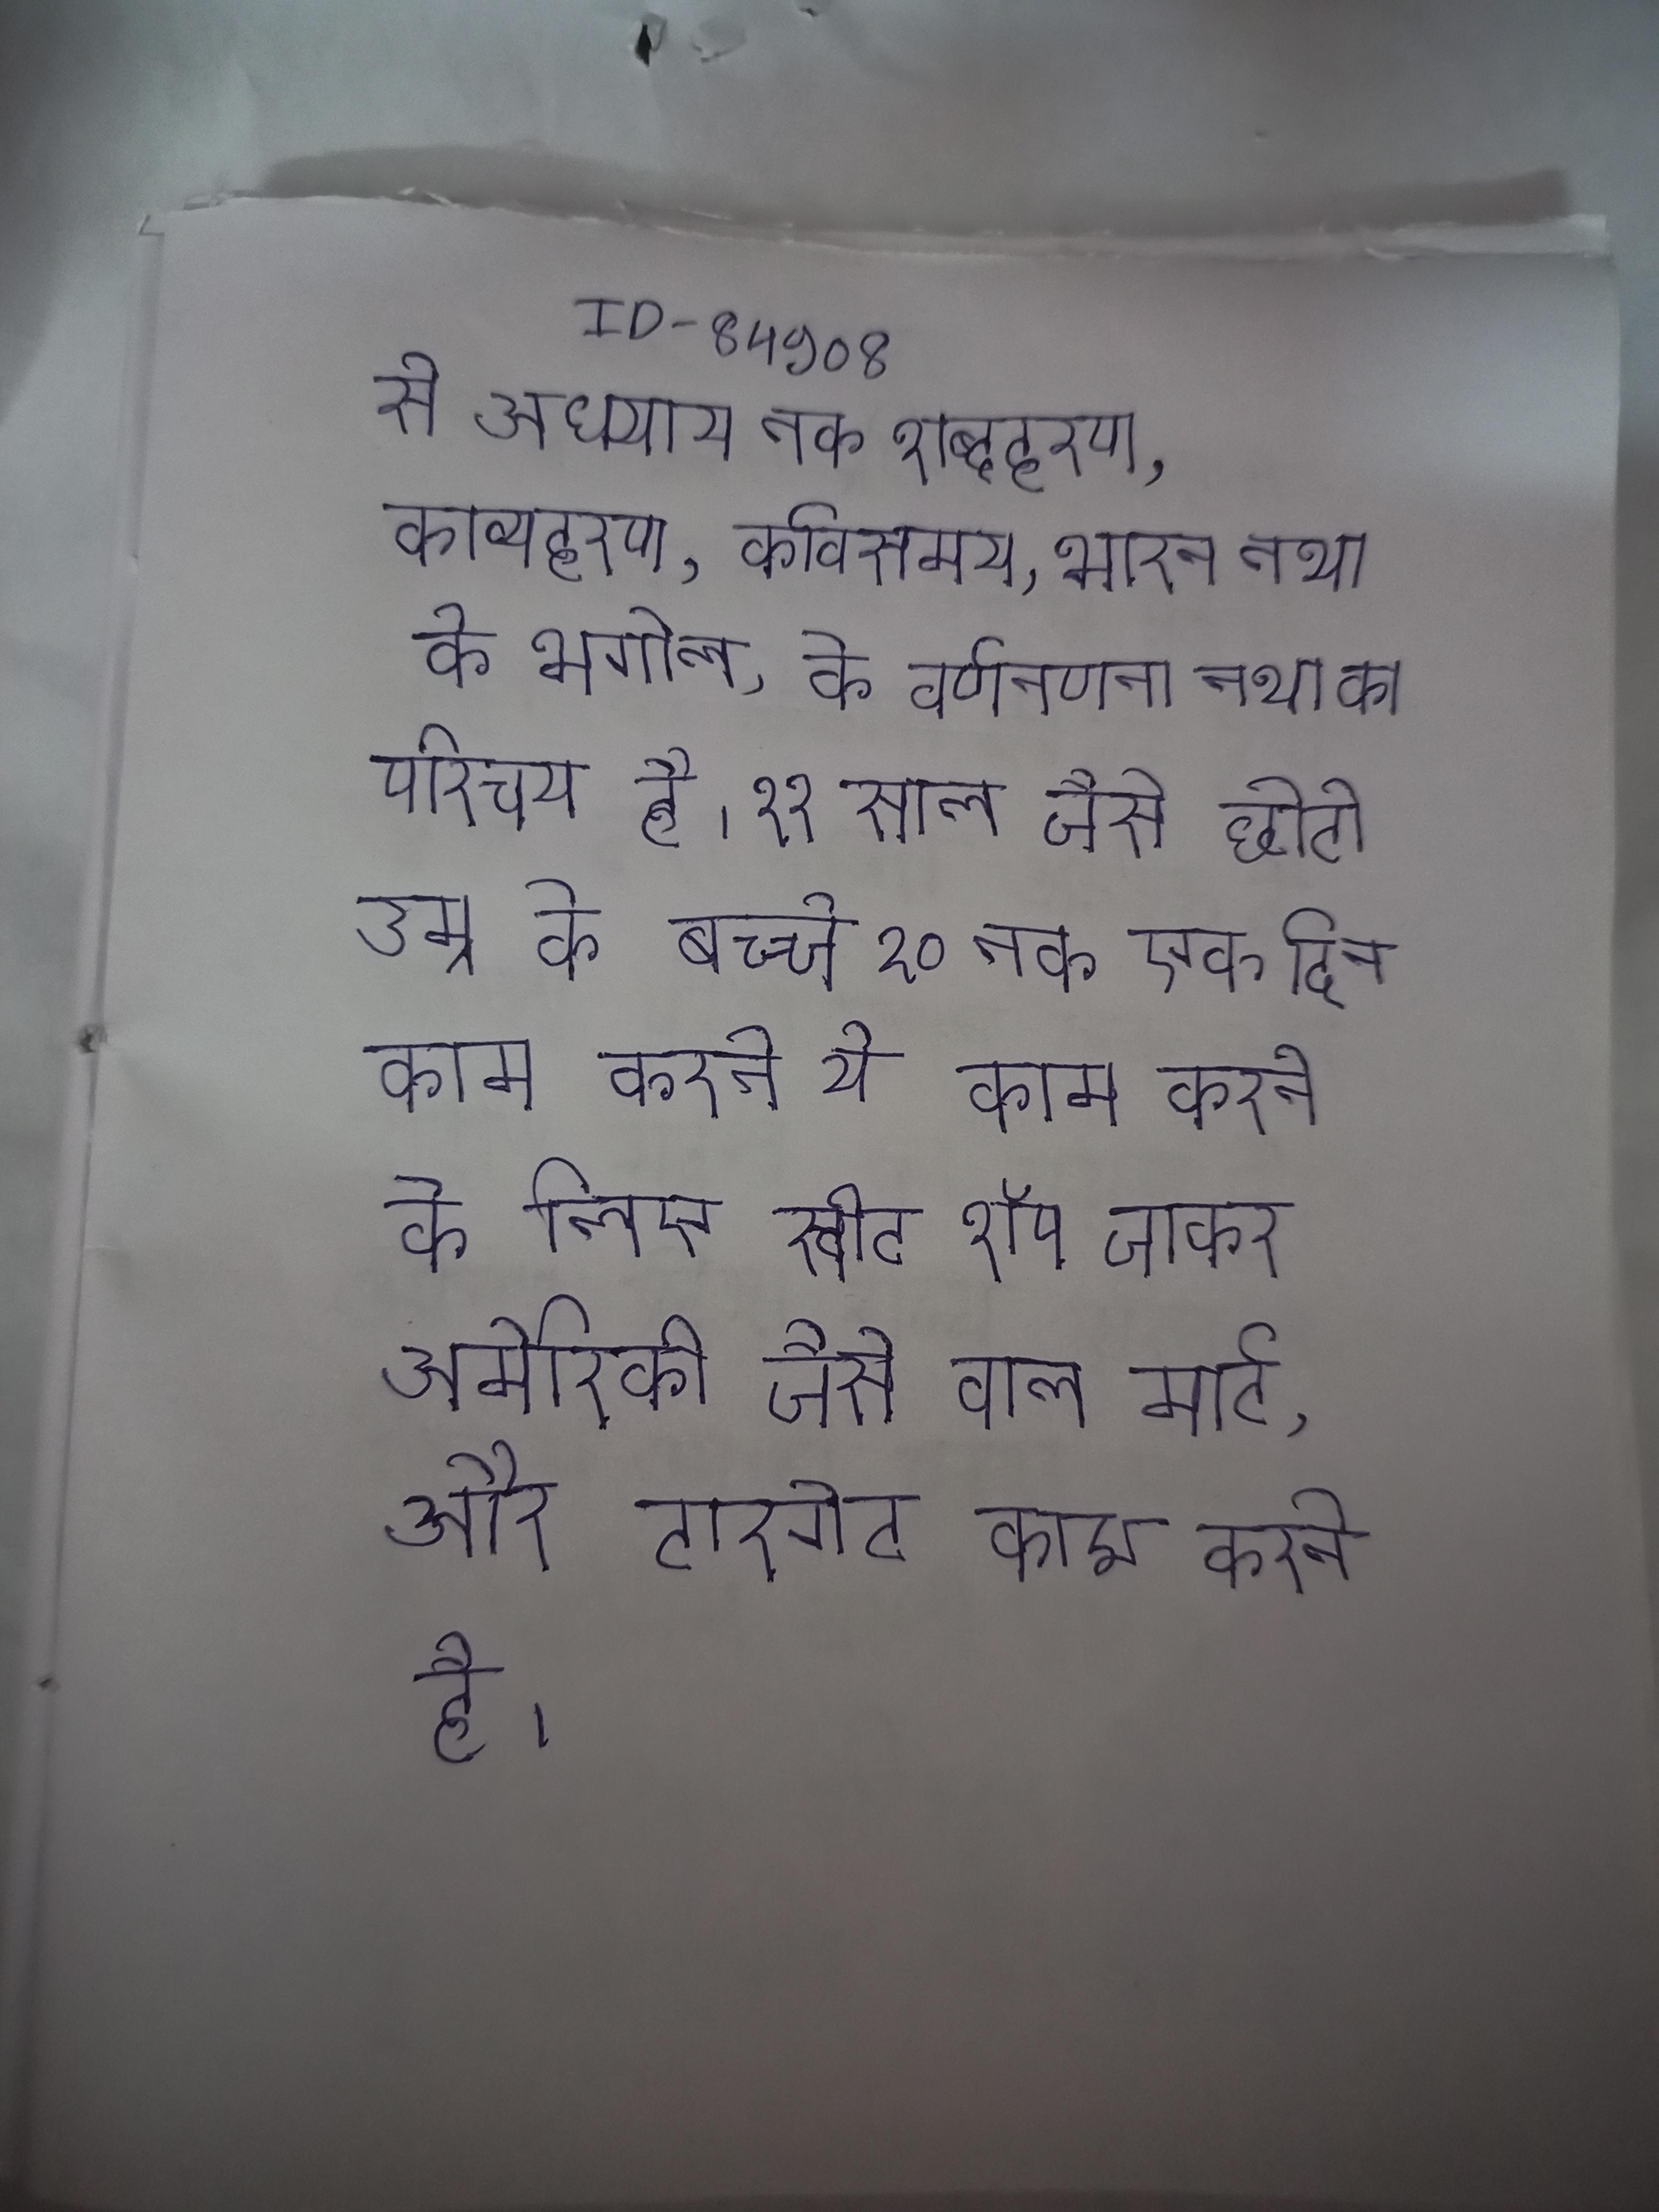
से अध्याय तक शब्दहरण, काव्यहरण, कविसमय, भारत तथा के भूगोल, के वर्णन की प्राचीन कालगणना तथा का परिचय है । ११ साल जैसे छोटी उम्र के बच्चे २० तक एक दिन काम करते ये काम करने के लिए स्वीट शॉप जाकर अमेरिकी जैसे वाल मार्ट, और टारगेट काम करते है ।